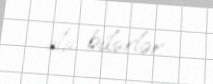
ola bilərlər.